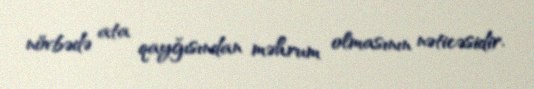
növbədə ata qayğısından məhrum olmasının nəticəsidir.